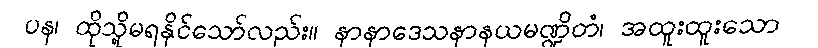
ပန၊ ထိုသို့မရနိုင်သော်လည်း။ နာနာဒေသနာနယမဏ္ဍိတံ၊ အထူးထူးသော